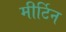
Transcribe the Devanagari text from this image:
मीर्टिन